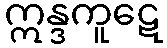
ဣန္ဒကူဋေ